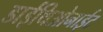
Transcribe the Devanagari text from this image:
डाईथिओनाईट